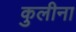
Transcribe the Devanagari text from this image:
कुलीना